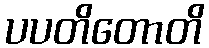
ပပတိတောတိ